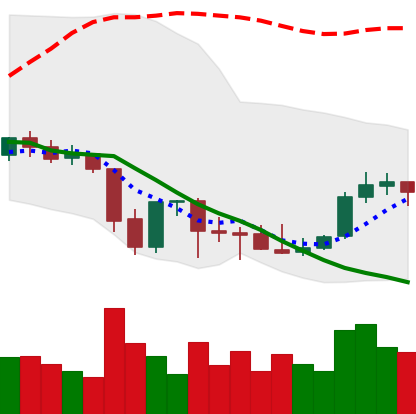
Ticker: ETC-USD
Chart end date: 2021-10-04
Forward return: 5.864%
Label: up_5_7